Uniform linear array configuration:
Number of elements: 64
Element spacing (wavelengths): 0.5
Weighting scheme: hamming
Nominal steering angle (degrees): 45
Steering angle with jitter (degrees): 46.582
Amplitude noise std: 0.05
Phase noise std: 0.05

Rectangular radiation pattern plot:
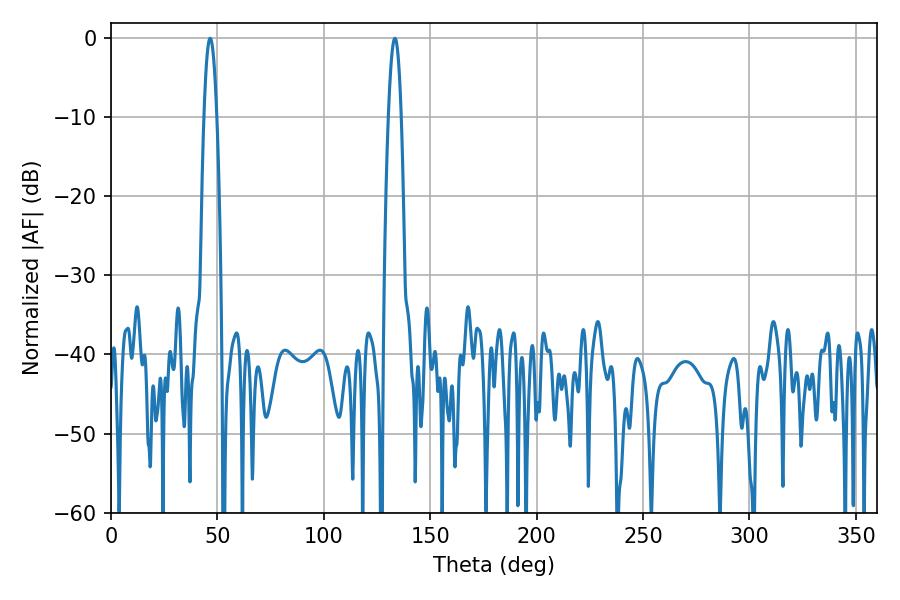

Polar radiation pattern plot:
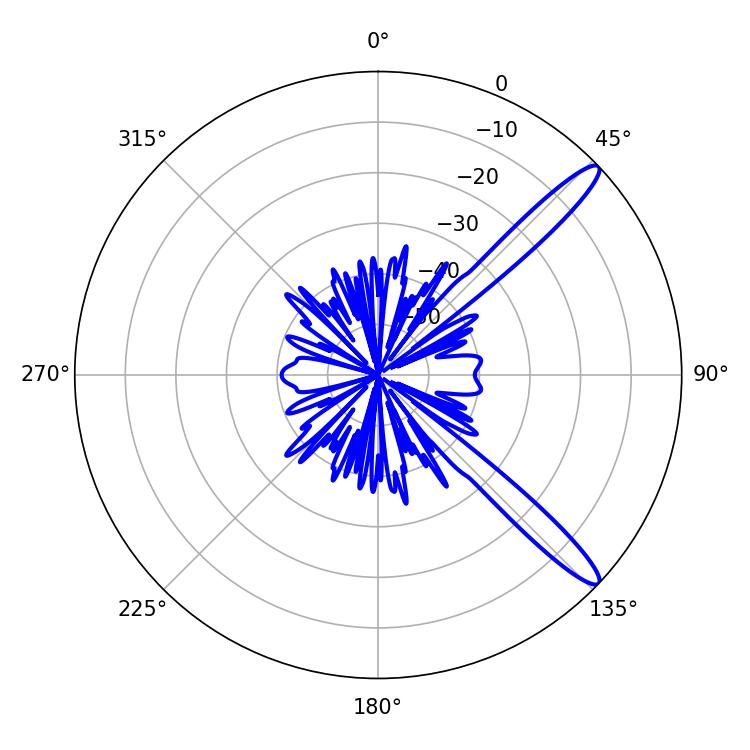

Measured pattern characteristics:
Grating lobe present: FALSE
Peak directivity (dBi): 13.374
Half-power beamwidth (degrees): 3.24
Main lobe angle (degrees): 46.62